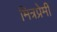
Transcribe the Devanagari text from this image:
मित्रप्रेमी